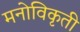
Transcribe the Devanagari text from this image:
मनोविकृती